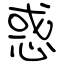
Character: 惑